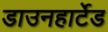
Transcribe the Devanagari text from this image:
डाउनहार्टेड